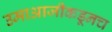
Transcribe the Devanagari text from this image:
उमाआजीकडूनच